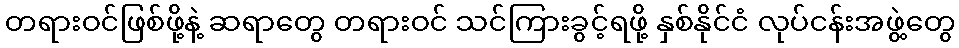
တရားဝင်ဖြစ်ဖို့နဲ့ ဆရာတွေ တရားဝင် သင်ကြားခွင့်ရဖို့ နှစ်နိုင်ငံ လုပ်ငန်းအဖွဲ့တွေ